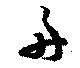
舟